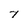
Character: 7